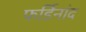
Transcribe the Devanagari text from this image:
फर्डिनांद